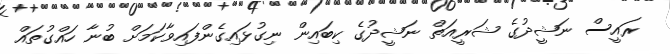
ރައީސް ނަޝީދުގެ ޝަރީއަތް ނަޝީދުގެ ކިބައިން ނިގުޅައިގެންފައިވާކަމަށް ބުނާ ހައްގުތައް